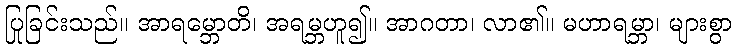
ပြုခြင်းသည်။ အာရမ္ဘောတိ၊ အရမ္ဘဟူ၍။ အာဂတာ၊ လာ၏။ မဟာရမ္ဘာ၊ များစွာ